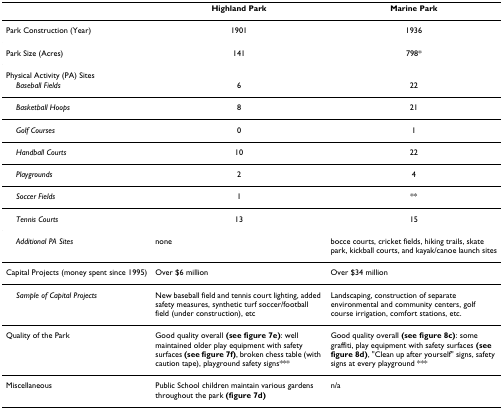
|  | Highland Park | Marine Park |
 | --- | --- | --- |
 | Park Construction (Year) | 1901 | 1936 |
 | Park Size (Acres) | 141 | 798* |
 | Physical Activity (PA) Sites |  |  |
 | Baseball Fields | 6 | 22 |
 | Basketball Hoops | 8 | 21 |
 | Golf Courses | 0 | 1 |
 | Handball Courts | 10 | 22 |
 | Playgrounds | 2 | 4 |
 | Soccer Fields | 1 | ** |
 | Tennis Courts | 13 | 15 |
 | Additional PA Sites | none | bocce courts, cricket fields, hiking trails, skate park, kickball courts, and kayak/canoe launch sites |
 | Capital Projects (money spent since 1995) | Over $6 million | Over $34 million |
 | Sample of Capital Projects | New baseball field and tennis court lighting, added safety measures, synthetic turf soccer/football field (under construction), etc | Landscaping, construction of separate environmental and community centers, golf course irrigation, comfort stations, etc. |
 | Quality of the Park | Good quality overall (see figure 7e): well maintained older play equipment with safety surfaces (see figure 7f), broken chess table (with caution tape), playground safety signs*** | Good quality overall (see figure 8c): some graffiti, play equipment with safety surfaces (see figure 8d), "Clean up after yourself" signs, safety signs at every playground *** |
 | Miscellaneous | Public School children maintain various gardens throughout the park (figure 7d) | n/a |